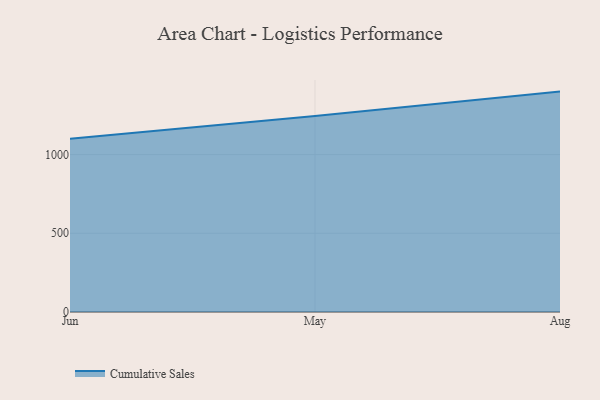
{"axis": {"x": "Month", "y": "LTV (USD)"}, "legend": ["Cumulative Sales"], "data": [{"x": "Jun", "y": 1100.0, "type": "Cumulative Sales"}, {"x": "May", "y": 1244.9, "type": "Cumulative Sales"}, {"x": "Aug", "y": 1399.7, "type": "Cumulative Sales"}]}